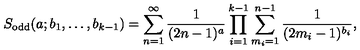
S _ { \mathrm { o d d } } ( a ; b _ { 1 } , \ldots , b _ { k - 1 } ) = \sum _ { n = 1 } ^ { \infty } \frac { 1 } { ( 2 n - 1 ) ^ { a } } \prod _ { i = 1 } ^ { k - 1 } \sum _ { m _ { i } = 1 } ^ { n - 1 } \frac { 1 } { ( 2 m _ { i } - 1 ) ^ { b _ { i } } } ,